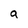
Character: a